Distribution and causation of leprosy in British India
Year: 1875
Disease focus: Leprosy
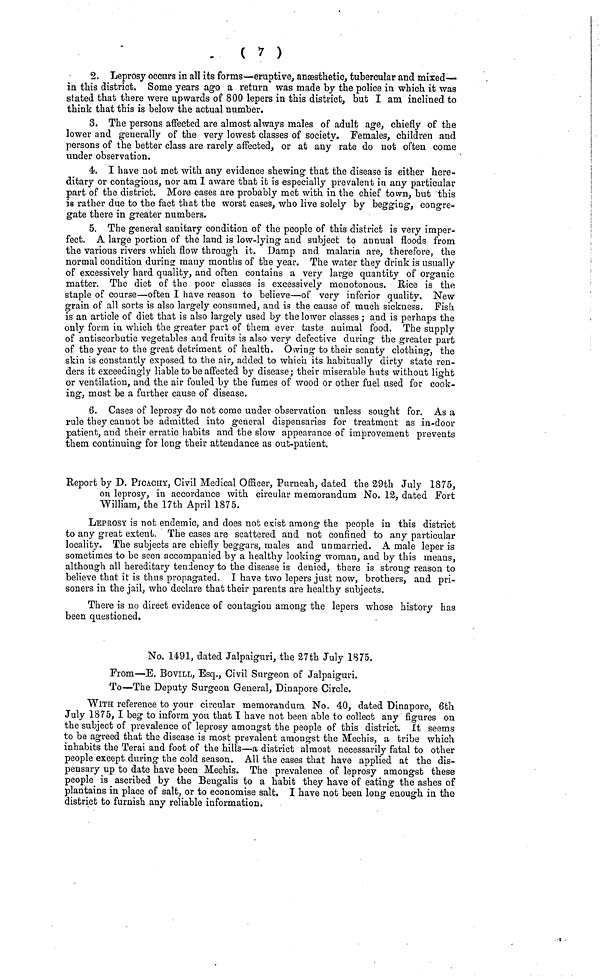
( ι )
2. Leprosy occurs in all its forms—eruptive, anaesthetic, tubercular and mixed—
in this district. Some years ago a return was made by the police in which it was
stated that there were upwards of 800 lepers in this district, but I am inclined to
think that this is below the actual number.
3. The persons affected are almost always males of adult age, chiefly of the
lower and generally of the very lowest classes of society. Females, children and
persons of the better class are rarely affected, or at any rate do not often come
under observation.
4. I have not met with any evidence shewing that the disease is either here-
ditary or contagious, nor am I aware that it is especially prevalent in any particular
part of the district. More cases are probably met with in the chief town, but this
is rather due to the fact that the worst cases, who live solely by begging, congre-
gate there in greater numbers.
5. The general sanitary condition of the people of this district is very imper-
fect. A large portion of the land is low-lying and subject to annual floods from
the various rivers which flow through it. Damp and malaria are, therefore, the
normal condition during many months of the year. The water they drink is usually
of excessively hard quality, and often contains a very large quantity of organic
matter. The diet of the poor classes is excessively monotonous. Rice is the
staple of course—often I have reason to believe—of very inferior quality. New
grain of all sorts is also largely consumed, and is the cause of much sickness. Pish
is an article of diet that is also largely used by the lower classes ; and is perhaps the
only form in which the greater part of them ever taste animal food. The supply
of antiscorbutic vegetables and fruits is also very defective during the greater part
of the year to the great detriment of health. Owing to their scanty clothing, the
skin is constantly exposed to the air, added to which its habitually dirty state ren-
ders it exceedingly liable to be affected by disease; their miserable huts without light
or ventilation, and the air fouled by the fumes of wood or other fuel used for cook-
ing, mast be a further cause of disease.
6. Cases of leprosy do not come under observation unless sought for. As a
rule they cannot be admitted into general dispensaries for treatment as in-door
patient, and their erratic habits and the slow appearance of improvement prevents
them continuing for long their attendance as out-patient.
Report by D. PJCACHY, Civil Medical Ofiicer, Purneah, dated the 29th July 1875,
on leprosy, in accordance with circular memorandum No. IS, dated Fort
William, the 17th April 1875.
LEPROSY is not endemic, and does not exist among the people in this district
to any great extent. The cases are scattered and not confined to any particular
locality. The subjects are chiefly beggars, males and unmarried. A male leper is
sometimes to be seen accompanied by a healthy looking woman, and by this means,
although all hereditary tendency to the disease is denied, there is strong reason to
believe that it is thus propagated. I have two lepers just now, brothers, and pri-
soners in the jail, who declare that their parents are healthy subjects.
There is no direct evidence of contagion among the lepers whose history has
been questioned.
No. 1491, dated Jalpaiguri, the 27th July 1875.
From—E. BOVILL, Esq., Civil Surgeon of Jalpaiguri.
To—The Deputy Surgeon General, Dinapore Circle.
WITH reference to your circular memorandum No. 40, dated Dinapore, 6th
July 1875, I beg to inform you that Τ have not been able to collect any figures on
the subject of prevalence of leprosy amongst the people of this district. It seems
to be agreed that the disease is most prevalent amongst the Mechis, a tribe which
inhabits the Terai and foot of the hills—a district almost necessarily fatal to other
people except during the cold season. All the cases that have applied at the dis-
pensary up to date have been Mechis. The prevalence of leprosy amongst these
people is ascribed by the Bengalis to a habit they have of eating the ashes of
plantains in place of salt, or to economise salt. I have not been long enough in the
district to furnish any reliable information.